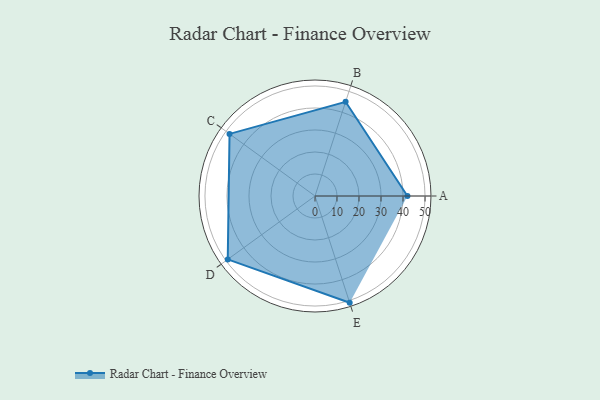
{"axis": {"x": "Skill", "y": "Score"}, "legend": ["Profile"], "data": [{"x": "A", "y": 42.0, "type": "Profile"}, {"x": "B", "y": 45.0, "type": "Profile"}, {"x": "C", "y": 48.0, "type": "Profile"}, {"x": "D", "y": 49.0, "type": "Profile"}, {"x": "E", "y": 51.0, "type": "Profile"}]}